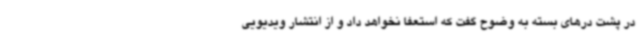
در پشت درهای بسته به وضوح گفت که استعفا نخواهد داد و از انتشار ویدیویی